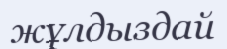
жұлдыздай